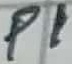
Text: P1